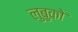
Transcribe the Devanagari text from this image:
लुबुको